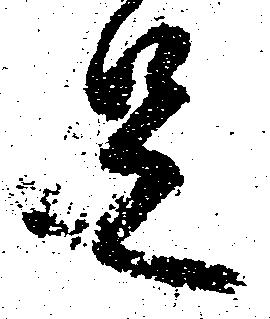
足